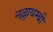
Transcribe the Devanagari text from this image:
नल्लाथम्बी